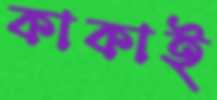
কাকাই